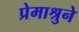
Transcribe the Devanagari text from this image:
प्रेमाश्रुने